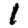
Digit: 1